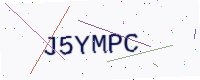
Text: J5YMPC